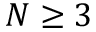
N \ge 3